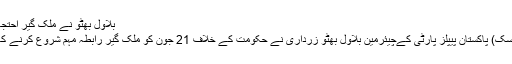
بلاول بھٹو نے ملک گیر احتجاج کا اعلان کردیا
اسلام آباد (نیوز ڈیسک) پاکستان پیپلز پارٹی کےچیئرمین بلاول بھٹو زرداری نے حکومت کے خلاف 21 جون کو ملک گیر رابطہ مہم شروع کرنے کا اعلان کردیا ہے۔